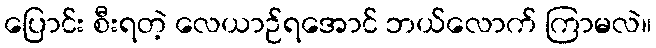
ပြောင်း စီးရတဲ့ လေယာဉ်ရအောင် ဘယ်လောက် ကြာမလဲ။